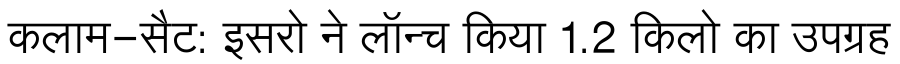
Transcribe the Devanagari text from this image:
कलाम-सैट: इसरो ने लॉन्च किया 1.2 किलो का उपग्रह